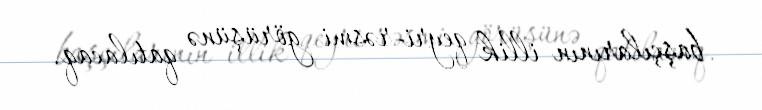
başçılarının illik qeyri-rəsmi görüşünə qatılacaq.